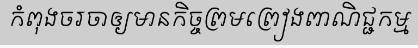
កំពុងចរចាឲ្យមានកិច្ចព្រមព្រៀងពាណិជ្ជកម្ម